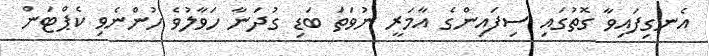
އެނގިފައިވާ ގޮތުގައި ސިފައިންގެ އާމަރީ ނުވަތަ ބަޑި ގުދަނާ ހަވާލުވެ ހުންނެވި ކެޕްޓަން